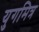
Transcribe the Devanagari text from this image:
युगमित्र